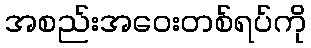
အစည်းအဝေးတစ်ရပ်ကို